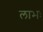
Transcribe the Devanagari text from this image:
लाभः